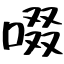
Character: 啜